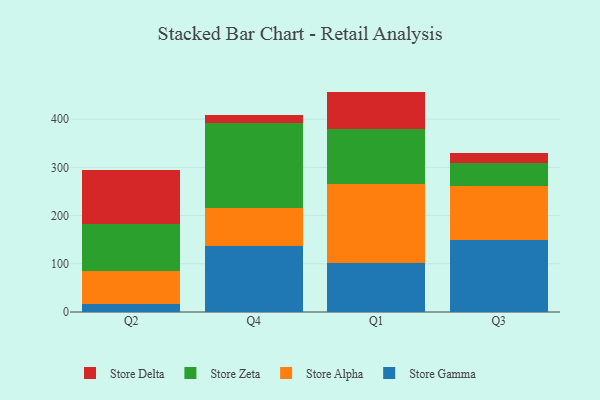
{"axis": {"x": "Quarter", "y": "Production Output"}, "legend": ["Store Alpha", "Store Delta", "Store Gamma", "Store Zeta"], "data": [{"x": "Q2", "y": 17.6, "type": "Store Gamma"}, {"x": "Q2", "y": 66.5, "type": "Store Alpha"}, {"x": "Q2", "y": 98.6, "type": "Store Zeta"}, {"x": "Q2", "y": 111.9, "type": "Store Delta"}, {"x": "Q4", "y": 136.8, "type": "Store Gamma"}, {"x": "Q4", "y": 78.5, "type": "Store Alpha"}, {"x": "Q4", "y": 177.2, "type": "Store Zeta"}, {"x": "Q4", "y": 15.8, "type": "Store Delta"}, {"x": "Q1", "y": 102.4, "type": "Store Gamma"}, {"x": "Q1", "y": 164.0, "type": "Store Alpha"}, {"x": "Q1", "y": 112.6, "type": "Store Zeta"}, {"x": "Q1", "y": 78.1, "type": "Store Delta"}, {"x": "Q3", "y": 150.3, "type": "Store Gamma"}, {"x": "Q3", "y": 110.5, "type": "Store Alpha"}, {"x": "Q3", "y": 48.9, "type": "Store Zeta"}, {"x": "Q3", "y": 20.3, "type": "Store Delta"}]}